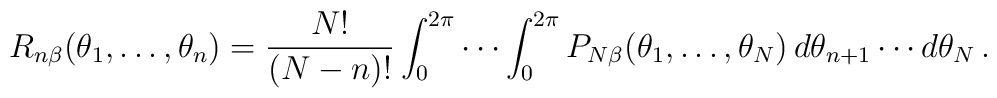
R_{n \beta}(\theta_1,\ldots,\theta_n)={N!\over (N-n)! }\int_0^{2\pi}\cdots\int_0^{2\pi} P_{N \beta} (\theta_1,\ldots,\theta_N)\,d\theta_{n+1}\cdots d\theta_N\, .